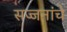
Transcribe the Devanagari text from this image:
सज्जनांचे